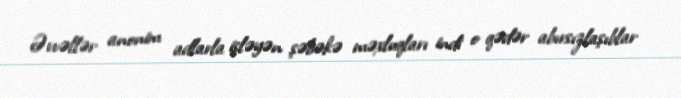
Əvvəllər anonim adlarla işləyən şəbəkə məxluqları indi o qədər abırsızlaşıblar